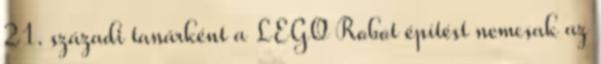
21. századi tanárként a LEGO Robot építést nemcsak az